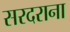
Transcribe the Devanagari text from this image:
सरदराना